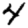
Digit: 4